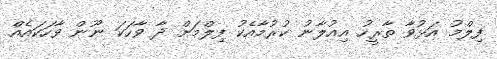
ފިލްމު އަޅުވާ ތާރީހު އިއުލާނު ކުރުމާއެކު ފިލްމަށް ދާ ވާހަކަ ނޫން ވާހަކައެެއް